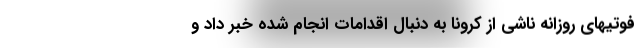
فوتیهای روزانه ناشی از کرونا به دنبال اقدامات انجام شده خبر داد و